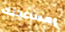
بمساعدتك